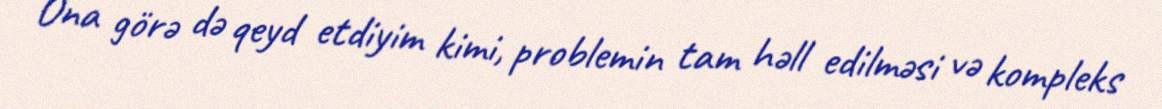
Ona görə də qeyd etdiyim kimi, problemin tam həll edilməsi və kompleks